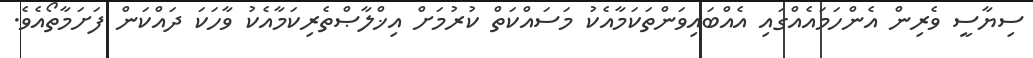
ސިޔާސީ ވެރިން އެންހަމައެއްގައި އެއްބައިވަންތަކަމާއެކު މަސައްކަތް ކުރުމަށް އިޚްލާޞްތެރިކަމާއެކު ވާހަކަ ދައްކަން ފަށަމާތޯއެވެ.